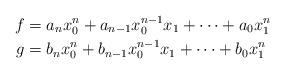
LaTeX: \begin{align*} f & = a_n x_0^n + a_{n-1} x_0^{n-1} x_1 + \dots + a_0 x_1^n \\ g & = b_n x_0^n + b_{n-1} x_0^{n-1} x_1 + \dots + b_0 x_1^n\end{align*}